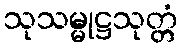
သုသမ္မုဋ္ဌသုတ္တံ